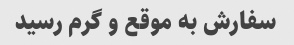
سفارش به موقع و گرم رسید